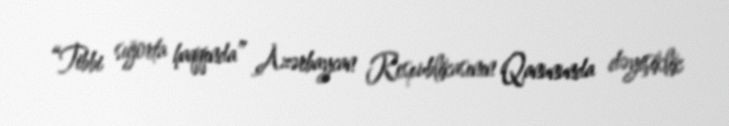
“Tibbi sığorta haqqında” Azərbaycan Respublikasının Qanununda dəyişiklik